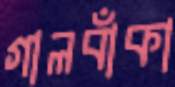
গালবাঁকা